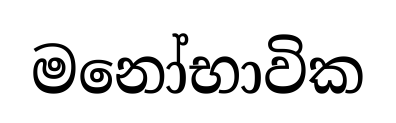
මනෝභාවික